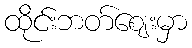
ထိုင်းဘတ်ဈေးမှာ